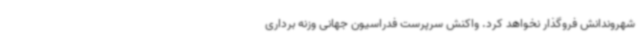
شهروندانش فروگذار نخواهد کرد. واکنش سرپرست فدراسیون جهانی وزنه برداری